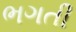
ભગતી